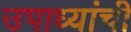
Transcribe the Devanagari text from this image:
उपाध्यांची